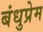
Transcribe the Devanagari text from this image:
बंधुप्रेम